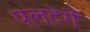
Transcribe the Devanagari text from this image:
पलटेगें